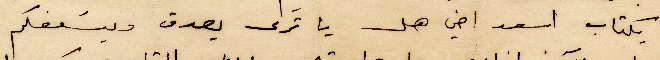
بكتاب اسعد اخي هل يا ترى يصدق ويسعفكم